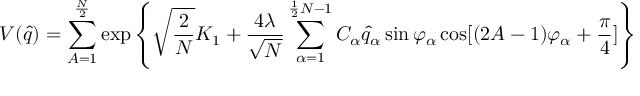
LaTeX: V ( \hat { q } ) = \sum _ { A = 1 } ^ { \frac { N } { 2 } } \exp \left\{ \sqrt { \frac { 2 } { N } } K _ { 1 } + \frac { 4 \lambda } { \sqrt { N } } \sum _ { \alpha = 1 } ^ { \frac { 1 } { 2 } N - 1 } C _ { \alpha } \hat { q } _ { \alpha } \sin \varphi _ { \alpha } \cos [ ( 2 A - 1 ) \varphi _ { \alpha } + \frac { \pi } { 4 } ] \right\}